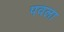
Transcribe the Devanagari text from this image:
पवला